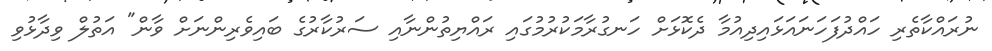
ނުރައްކާތެރި ހައްދުފަހަނައަޅައިދިއުމާ ދެކޮޅަށް ހަނގުރާމަކުރުމުގައި ރައްޔިތުންނާއި ސަރުކާރުގެ ބައިވެރިންނަށް ވާން" އަތުލް ވިދާޅުވި